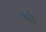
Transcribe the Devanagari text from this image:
श्वो